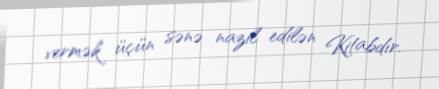
vermək üçün sənə nazil edilən Kitabdır.